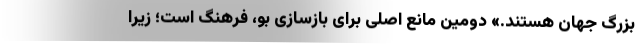
بزرگ جهان هستند.» دومین مانع اصلی برای بازسازی بو، فرهنگ است؛ زیرا